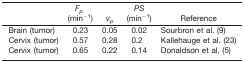
|  | Fp (min−1) | vp | PS (min−1) | Reference |
 | --- | --- | --- | --- | --- |
 | Brain (tumor) | 0.23 | 0.05 | 0.02 | Sourbron et al. 9 |
 | Cervix (tumor) | 0.57 | 0.28 | 0.2 | Kallehauge et al. 23 |
 | Cervix (tumor) | 0.65 | 0.22 | 0.14 | Donaldson et al. 5 |